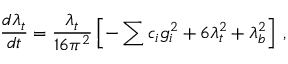
{ \frac { d \lambda _ { t } } { d t } } = { \frac { \lambda _ { t } } { 1 6 \pi ^ { 2 } } } \left[ - \sum c _ { i } g _ { i } ^ { 2 } + 6 \lambda _ { t } ^ { 2 } + \lambda _ { b } ^ { 2 } \right] \; ,